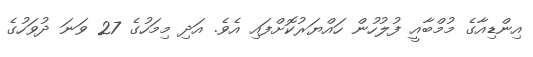
އިންޑިއާގެ މުމްބާއީ ފުލުހުން ހައްޔަރުކޮށްފައި އެވެ. އަދި މިމަހުގެ 27 ވަނަ ދުވަހުގެ